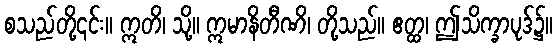
စသည်တို့၎င်း။ ဣတိ၊ သို့။ ဣမာနိတီဏိ၊ တို့သည်။ ဧတ္ထ၊ ဤသိက္ခာပုဒ်၌။